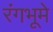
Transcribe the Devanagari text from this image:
रंगभूमे